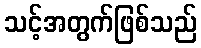
သင့်အတွက်ဖြစ်သည်